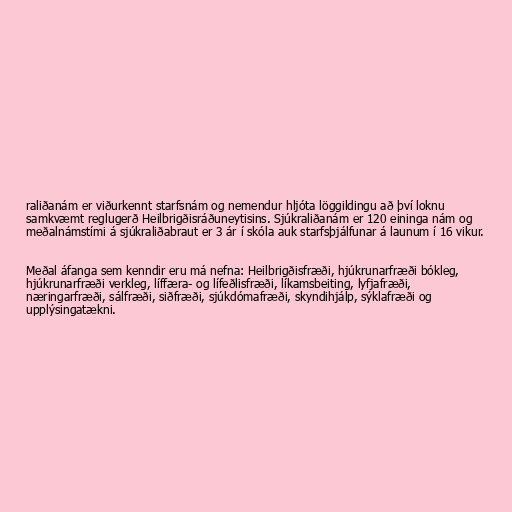
raliðanám er viðurkennt starfsnám og nemendur hljóta löggildingu að því loknu
samkvæmt reglugerð Heilbrigðisráðuneytisins. Sjúkraliðanám er 120 eininga nám og
meðalnámstími á sjúkraliðabraut er 3 ár í skóla auk starfsþjálfunar á launum í 16 vikur.

Meðal áfanga sem kenndir eru má nefna: Heilbrigðisfræði, hjúkrunarfræði bókleg,
hjúkrunarfræði verkleg, líffæra- og lífeðlisfræði, líkamsbeiting, lyfjafræði,
næringarfræði, sálfræði, siðfræði, sjúkdómafræði, skyndihjálp, sýklafræði og
upplýsingatækni.